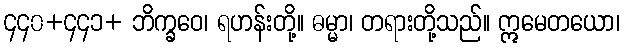
၄၄၀+၄၄၁+ ဘိက္ခဝေ၊ ရဟန်းတို့။ ဓမ္မာ၊ တရားတို့သည်။ ဣမေတယော၊